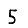
Digit: 5